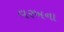
વરખના